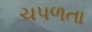
ચપળતા